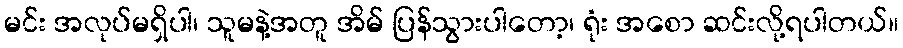
မင်း အလုပ်မရှိပါ၊ သူမနဲ့အတူ အိမ် ပြန်သွားပါတော့၊ ရုံး အစော ဆင်းလို့ရပါတယ်။